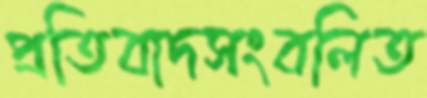
প্রতিবাদসংবলিত